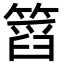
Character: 䈱